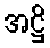
အဋ္ဌိ